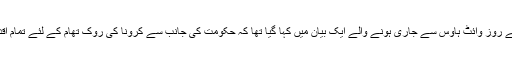
اس سے پہلے بدھ کے روز وائٹ ہاوس سے جاری ہونے والے ایک بیان میں کہا گیا تھا کہ حکومت کی جانب سے کرونا کی روک تھام کے لئے تمام اقدامات کئے گئے ہیں۔